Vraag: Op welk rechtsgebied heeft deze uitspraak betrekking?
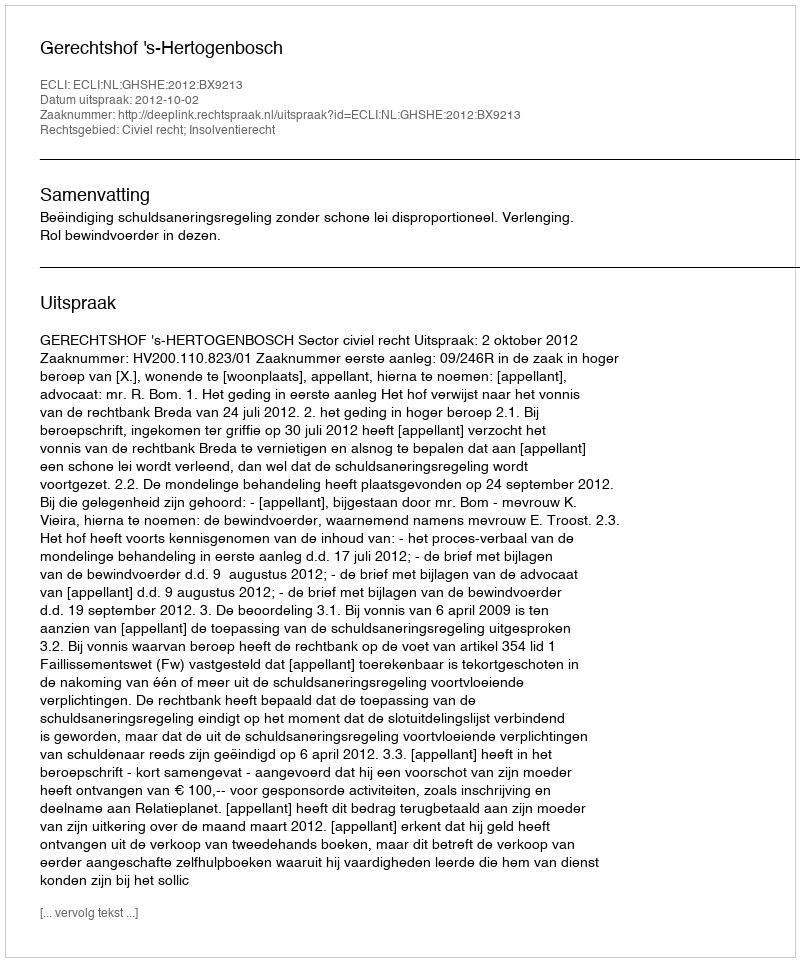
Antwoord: Civiel recht; Insolventierecht